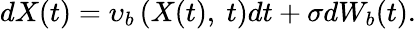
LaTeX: dX(t)=\upsilon_{b}\left(X(t),\ t\right)dt+\sigma dW_{b}(t).